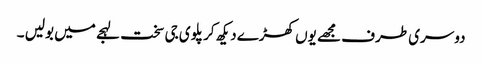
دوسری طرف مجھے یوں کھڑے دیکھ کر پلوی جی سخت لہجے میں بولیں ۔